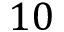
1 0